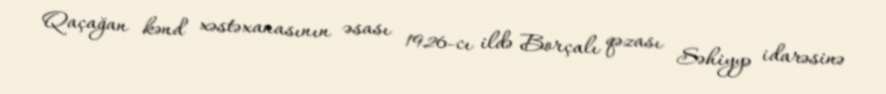
Qaçağan kənd xəstəxanasının əsası 1926-cı ildə Borçalı qəzası Səhiyyə idarəsinə